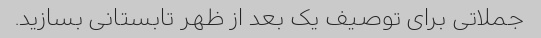
جملاتی برای توصیف یک بعد از ظهر تابستانی بسازید.